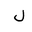
Letter: _lam